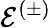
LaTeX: \mathcal{E}^{(\pm)}